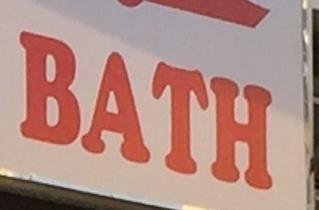
bath